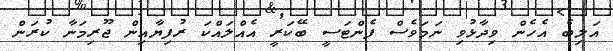
އަލިބެ އެހެން ވިދާޅުވި ނަމަވެސް ފެންޓަސީ ބޭކަރީ އެއްލައްކަ ރުފިޔާއިން ޖޫރިމަނާ ކުރަން